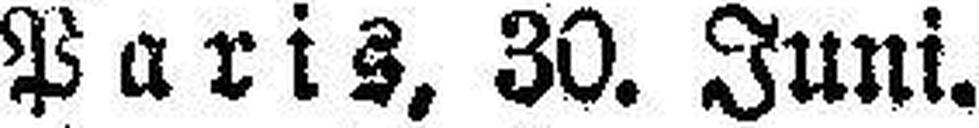
Paris, 30. Juni.